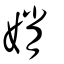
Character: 娋